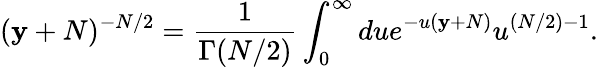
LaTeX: (\mathbf{y}+N)^{-N/2}=\frac{{1}}{{\Gamma(N/2)}}\int_{0}^{\infty}due^{-u(\mathbf{y}+N)}u^{(N/2)-1}.